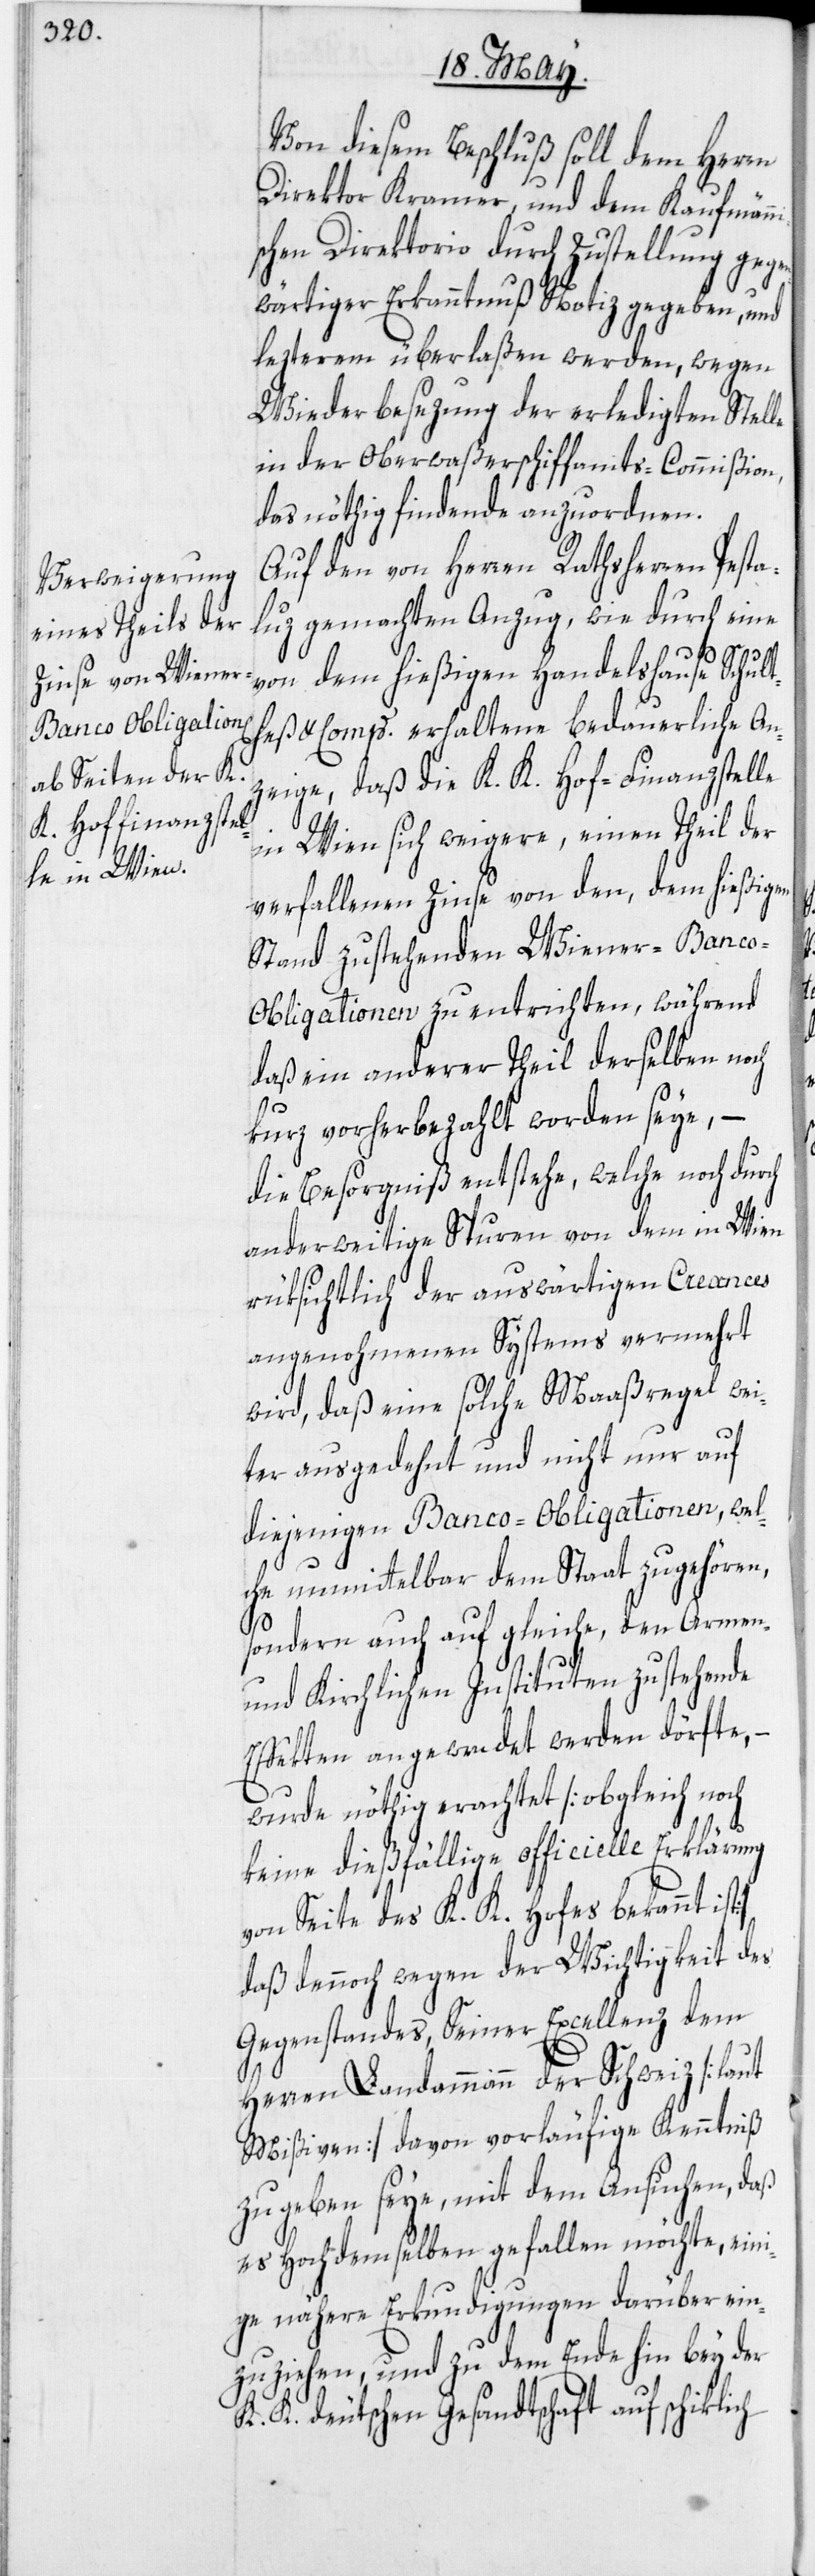
Von diesem Beschluß soll dem Herrn
Direktor Kramer, und dem Kaufmän¬
schen Direktorio durch Zustellung gege¬
nwärtiger Erkanntnuß Notiz gegeben, und
lezterem überlaßen werden, wegen
Wiederbesezung der erledigten Stel¬
in der Oberwaßerschiffamts-Commißion,
das nöthig findende anzuordnen.
Auf den von Herren Rathsherren Pesta¬
luz gemachten Anzug, wie durch eine
von dem hießigen Handelshause Schult¬
heß & Comp. erhaltene bedauerliche An¬
zeige, daß die K. K. Hof-Finanzstelle
in Wien sich weigere, einen Theil der
verfallenen Zinse von den, dem hießigen
Stand zustehenden Wiener-Banc¬
o-Obligationen zu entrichten, während
daß ein anderer Theil derselben noch
kurz vorher bezahlt worden seye, –
die Besorgniß entstehe, welche noch durch
anderweitige Spuren von dem in Wien
rüksichtlich der auswärtigen Creances
angenohmenen Systems vermehrt
wird, daß eine solche Maaßregel wei¬
ter ausgedehnt und nicht nur auf
diejenigen Banco-Obligationen, wel¬
che unmittelbar dem Staat zugehören,
le
sondern auch auf gleiche, den Armen-
und Kirchlichen Instituten zustehende
Effekten angewendet werden dörfte, –
wurde nöthig erachtet [obgleich noch
keine dießfällige officielle Erklärung
von Seite des K. K. Hofes bekannt ist]
daß dennoch wegen der Wichtigkeit des
Gegenstandes, Seiner Excellenz dem
Herren Landammann der Schweiz [laut
Mißiven] davon vorläufige Kenntniß
zu geben seye, mit dem Ansuchen, daß
es Hochdemselben gefallen möchte, ein¬
ige nähere Erkundigungen darüber ein¬
zuziehen, und zu dem Ende hin bey der
K. K. deutschen Gesandtschaft auf schiklich